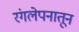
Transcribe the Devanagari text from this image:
रंगलेपनातून